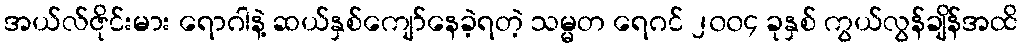
အယ်လ်ဇိုင်းမား ရောဂါနဲ့ ဆယ်နှစ်ကျော်နေခဲ့ရတဲ့ သမ္မတ ရေဂင် ၂၀၀၄ ခုနှစ် ကွယ်လွန်ချိန်အထိ